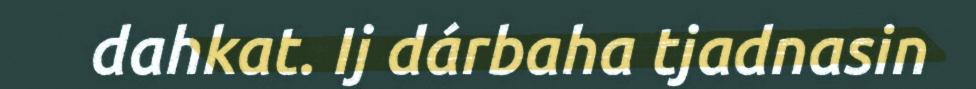
dahkat. Ij dárbaha tjadnasin